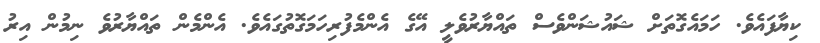
ކިޔާފައެވެ. ހަމައެގޮތަށް ޝައުޝަންވެސް ތައްޔާރުވެލީ އޭގެ އެންމެފުރިހަމަގޮތުގައެވެ. އެންމެން ތައްޔާރުވެ ނިމުން އިރު